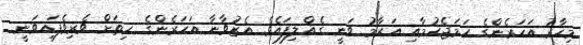
މިހާރު އަހަރެންގެ ހަމަޖެހުމާއި އަރާމު ވަނީ ގެއްލިފައެވެ. އެޒުވާނާ އަހަރެންގެ ހިތަށް ވެރިވެފައިވަނީ